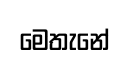
මෙතැනේ